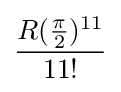
{\frac {R({\frac {\pi }{2}})^{11}}{11!}}